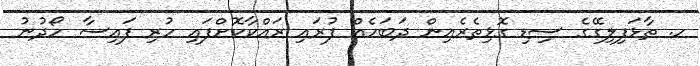
ހ. ތާޅަފިލިގޭގެ ސިޑި ގޮޅިތެރެއިން ދަބަހެއް ފުރައި ރައްކާކޮށްފައި ހުރި ފައިސާ ހޯދުނު